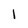
Character: 1